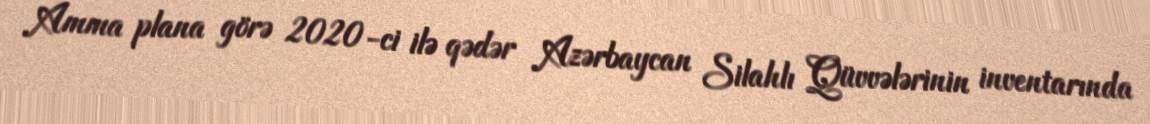
Amma plana görə 2020-ci ilə qədər Azərbaycan Silahlı Qüvvələrinin inventarında